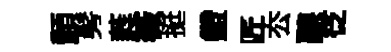
顥髣蕤薇挺鐙匠厺聽徔